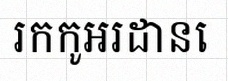
រកកូអរដោនេ